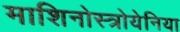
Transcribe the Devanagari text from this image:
माशिनोस्त्रोयेनिया